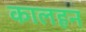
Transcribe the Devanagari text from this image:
कालहन